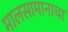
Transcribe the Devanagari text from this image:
मालसामानाचा